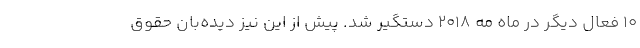
۱۰ فعال دیگر در ماه مه ۲۰۱۸ دستگیر شد. پیش از این نیز دیده‌بان حقوق